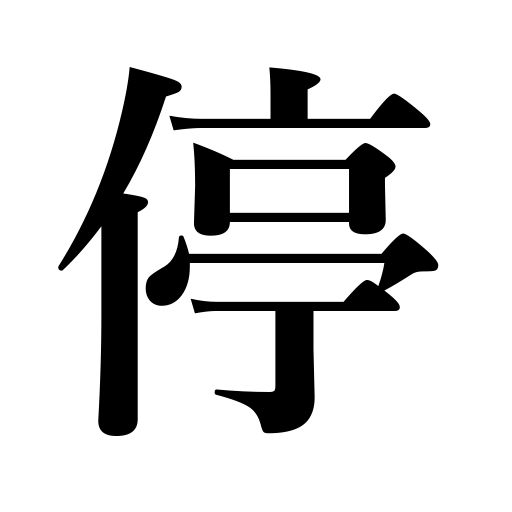
Meanings: stopping